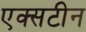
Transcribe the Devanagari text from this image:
एक्सटीन